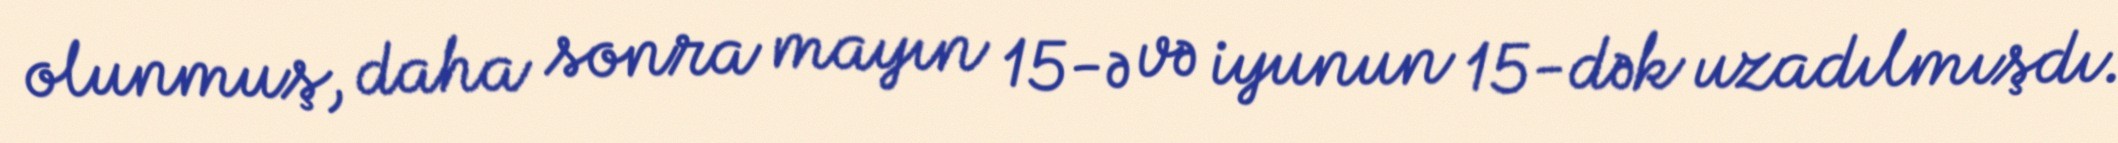
olunmuş, daha sonra mayın 15-ə və iyunun 15-dək uzadılmışdı.